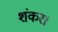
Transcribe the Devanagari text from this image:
शंकर।